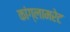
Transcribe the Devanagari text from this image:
कांग्लामरेट